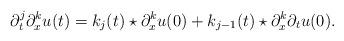
LaTeX: \begin{align*} \partial ^ j _ t \partial ^ k _ x u ( t ) = k _ j ( t ) \star \partial ^ k _ x u ( 0 ) + k _ { j - 1 } ( t ) \star \partial ^ k _ x \partial _ t u ( 0 ) .\end{align*}